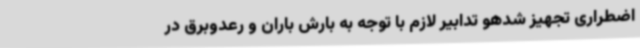
اضطراری تجهیز شدهو تدابیر لازم با توجه به بارش باران و رعدوبرق در